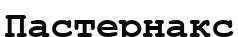
Пастернакс